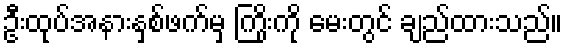
ဦးထုပ်အနားနှစ်ဖက်မှ ကြိုးကို မေးတွင် ချည်ထားသည်။